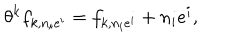
\theta ^ { k } f _ { k , n _ { i } e ^ { i } } = f _ { k , n _ { i } e ^ { i } } + n _ { i } e ^ { i } ,